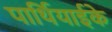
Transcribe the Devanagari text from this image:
पार्थियाईके